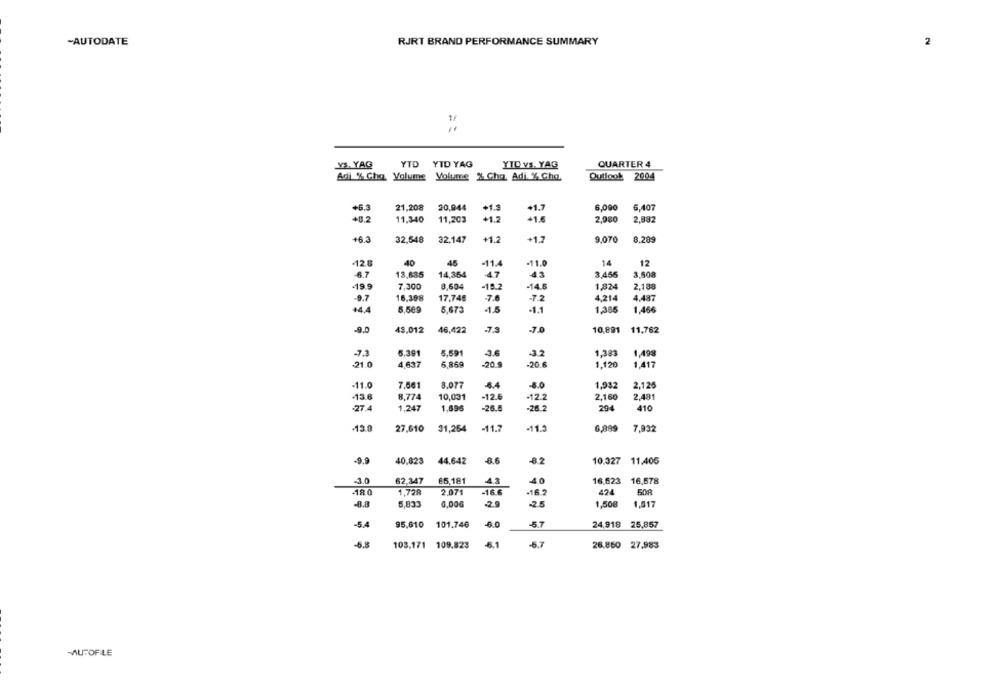
-AUTODATE
RJRT BRAND PERFORMANCE SUMMARY
2
= =
Y3. YAG
YTD YID YAG
YID VS. YAG
QUARTER 4
Adli % Cha Volume Volume % Cha, Adi % Cha.
Outlook 2004
+6.3
21,208
20,944
+1.5
6,000
6,407
1.7
+0.2
11,340
11,203
+1.2
41.0
2.980
2,992
+6.3
32,548
32.147
+1.2
+1.2
9,070
8,289
-12 0
40
45
-11.0
14
12
-11.4
6.7
13,685
14,354
47
43
3,455
3,508
-19.9
7.300
8.604
-19.2
-14.8
1.824
2.188
-9.7
16.398
17,748
7.6
-7.2
4,214
4.487
44,4
5.569
5,673
-1.5
1.1
1,386
1,466
43,012
46,422
.73
10,891
11,762
-7.3
6.391
5.591
-3.6
-32
1,383
1.499
-21.0
4,637
6.860
-20.9
-20.R
1.120
1,417
-11.0
7.661
8.077
-8.0
1,932
2.125
-12.6
-12.2
2.481
-13.6
8,774
10,031
2,160
.27.4
1.247
-26.5
-26.2
294
410
-13.0
27,610
31,254
-11.7
-11.3
6,899
7,932
-9.9
40,823 44.642
8.6
82
10.327 11,405
-30
62,347
65,181
4.3
40
16,623 16,678
-16 6
-162
508
2.071
-8.8
6,833
6,00€
-2.9
2.5
1,500
1,617
-5.4
95.610
101.746
5.7
24.918 25,857
-6.8
103,171 109.823
€.1
-5.7
26.860 27.983
MUFOFLE